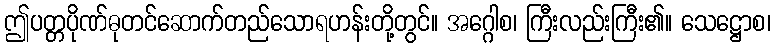
ဤပတ္တပိုဏ်ဓုတင်ဆောက်တည်သောရဟန်းတို့တွင်။ အဂ္ဂေါစ၊ ကြီးလည်းကြီး၏။ သေဋ္ဌောစ၊